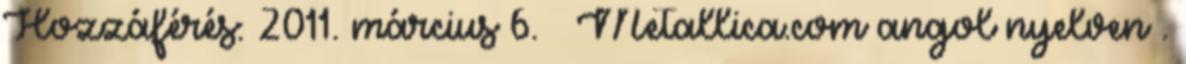
Hozzáférés: 2011. március 6. ↑ Metallica.com angol nyelven .